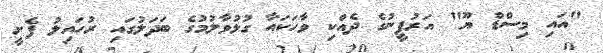
"އައި މިސްޑް ޔޫ" އަރުފީނުގެ ދެއްކި ވާހަކައާ ގުޅުވާލުމުގެ ބަދަލުގައި ރުހައިލު ފެށީ